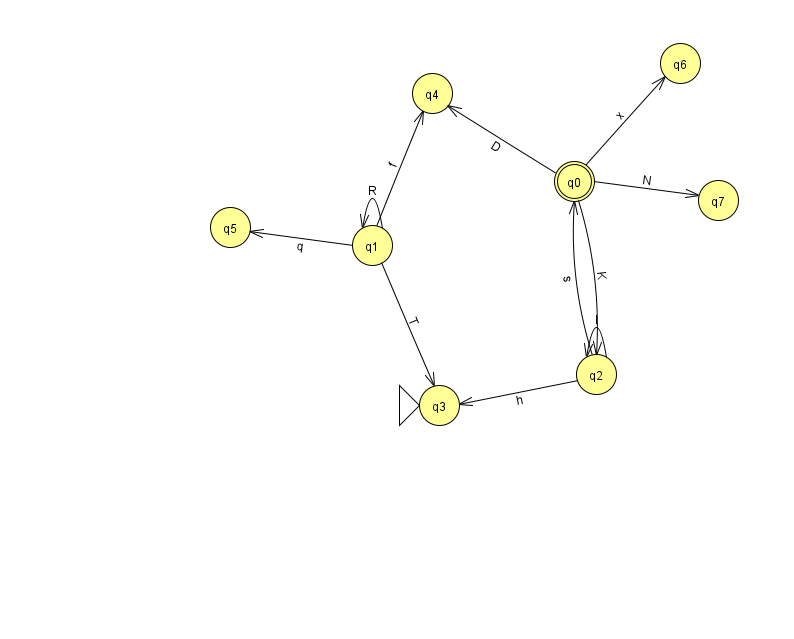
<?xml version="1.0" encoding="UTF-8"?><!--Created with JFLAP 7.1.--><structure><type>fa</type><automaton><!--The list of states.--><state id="0" name="q0"><x>574.0</x><y>168.0</y><final/></state><state id="1" name="q1"><x>372.0</x><y>232.0</y></state><state id="2" name="q2"><x>596.0</x><y>361.0</y></state><state id="3" name="q3"><x>439.0</x><y>392.0</y><initial/></state><state id="4" name="q4"><x>432.0</x><y>80.0</y></state><state id="5" name="q5"><x>230.0</x><y>214.0</y></state><state id="6" name="q6"><x>680.0</x><y>50.0</y></state><state id="7" name="q7"><x>718.0</x><y>187.0</y></state><!--The list of transitions.--><transition><from>0</from><to>6</to><read>x</read></transition><transition><from>0</from><to>2</to><read>K</read></transition><transition><from>1</from><to>1</to><read>R</read></transition><transition><from>1</from><to>5</to><read>q</read></transition><transition><from>0</from><to>7</to><read>N</read></transition><transition><from>0</from><to>4</to><read>D</read></transition><transition><from>2</from><to>3</to><read>h</read></transition><transition><from>1</from><to>3</to><read>T</read></transition><transition><from>2</from><to>2</to><read>I</read></transition><transition><from>2</from><to>0</to><read>s</read></transition><transition><from>1</from><to>4</to><read>f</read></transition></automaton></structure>